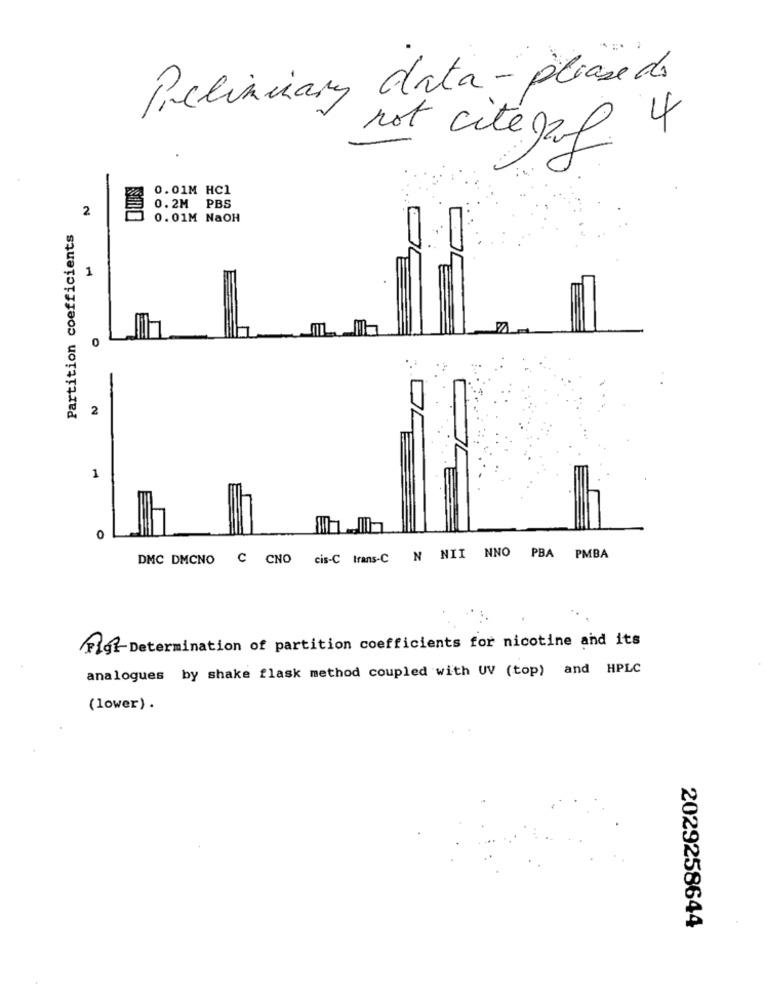
Preliminary data- please de
not citézal 4
0.01M HC1
2
0.2M PBS
0.01M NaOH
Partition coefficients
1
2
1
0
DMC DMCNO C CNO cis-C trans-C N NII NNO PBA PMBA
Flot Determination of partition coefficients for nicotine and its
analogues by shake flask method coupled with UV (top) and HPLC
(lower) .
2029258644